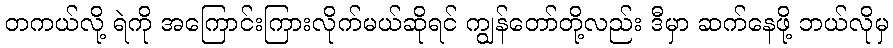
တကယ်လို့ ရဲကို အကြောင်းကြားလိုက်မယ်ဆိုရင် ကျွန်တော်တို့လည်း ဒီမှာ ဆက်နေဖို့ ဘယ်လိုမှ